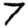
Digit: 7